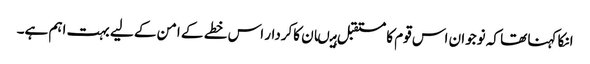
انکا کہنا تھا کہ نوجوان اس قوم کا مستقبل ہیںان کاکردار اس خطے کے امن کے لیے بہت اہم ہے۔